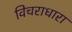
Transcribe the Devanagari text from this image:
विचराधारा